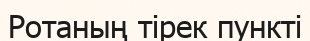
Ротаның тірек пункті